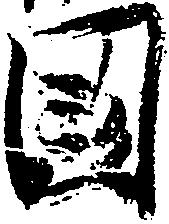
国